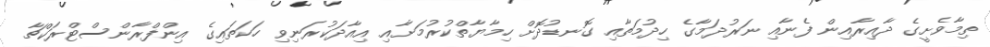
ތިމާވެށީގެ ދާއިރާއިން ފެނާއި ނަރުދަމާގެ ހިދުމަތާއި ގޮނޑުދޮށް ހިމާޔާތްކުރުމަށާއި އިއާދަކުރަނިވި ހަކަތައިގެ އިންފްރާންސްޓްރަކްޗާ